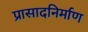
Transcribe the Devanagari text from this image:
प्रासादनिर्माण